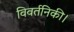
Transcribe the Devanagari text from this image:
विवर्तनिकी।